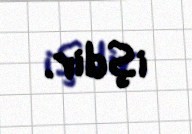
işdir.